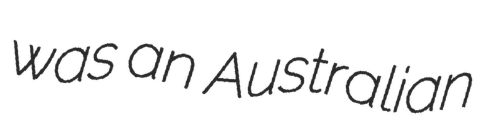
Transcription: was an Australian